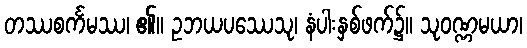
တဿစင်္ကမဿ၊ ၏။ ဥဘယပဿေသု၊ နံပါးနှစ်ဖက်၌။ သုဝဏ္ဏမယာ၊